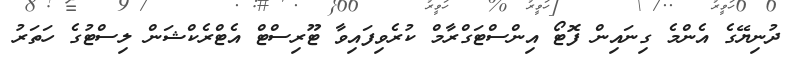
ދުނިޔޭގެ އެންމެ ގިނައިން ފޮޓޯ އިންސްޓަގްރާމް ކުރެވިފައިވާ ޓޫރިސްޓް އެޓްރެކްޝަން ލިސްޓުގެ ހަތަރު